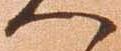
へ